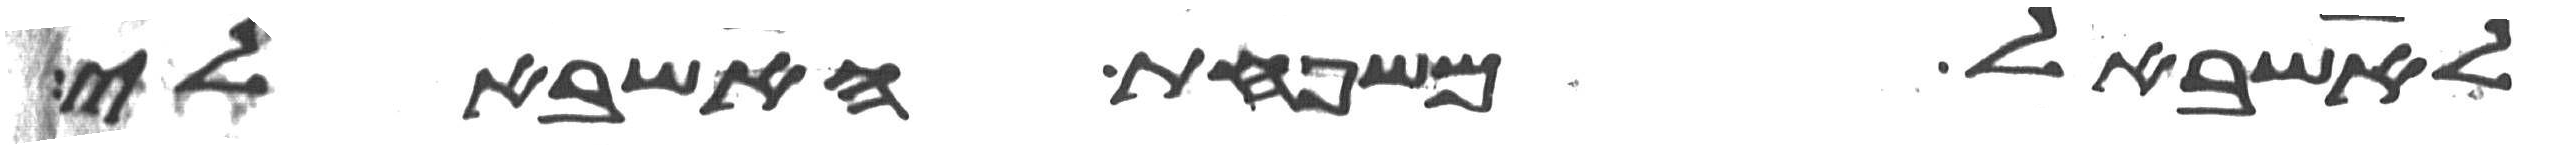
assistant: לאשבל משפחת האשבלי